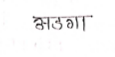
मजकूर: अडगा